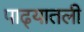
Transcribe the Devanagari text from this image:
पाढ्यातली